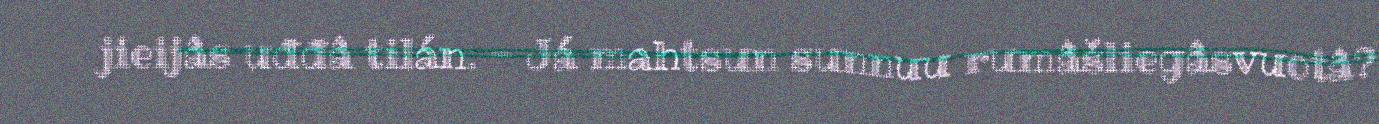
jieijâs uđđâ tilán. - Já mahtsun sunnuu rumâšliegâsvuotâ?